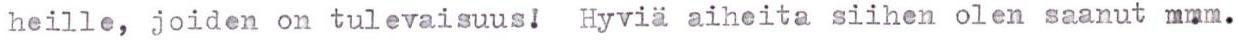
heille, joiden on tulevaisuus!  Hyviä aiheita siihen olen saanut mmm.